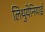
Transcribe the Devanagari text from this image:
लिथुयेनियाई